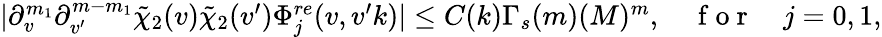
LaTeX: \begin{array}{r}{|\partial_{v}^{m_{1}}\partial_{v^{\prime}}^{m-m_{1}}\tilde{\chi}_{2}(v)\tilde{\chi}_{2}(v^{\prime})\Phi_{j}^{re}(v,v^{\prime}k)|\leq C(k)\Gamma_{s}(m)(M)^{m},\quad\mathrm{~f~o~r~}\quad j=0,1,}\end{array}